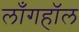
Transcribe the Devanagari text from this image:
लाँगहॉल